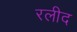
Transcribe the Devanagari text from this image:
रलीद